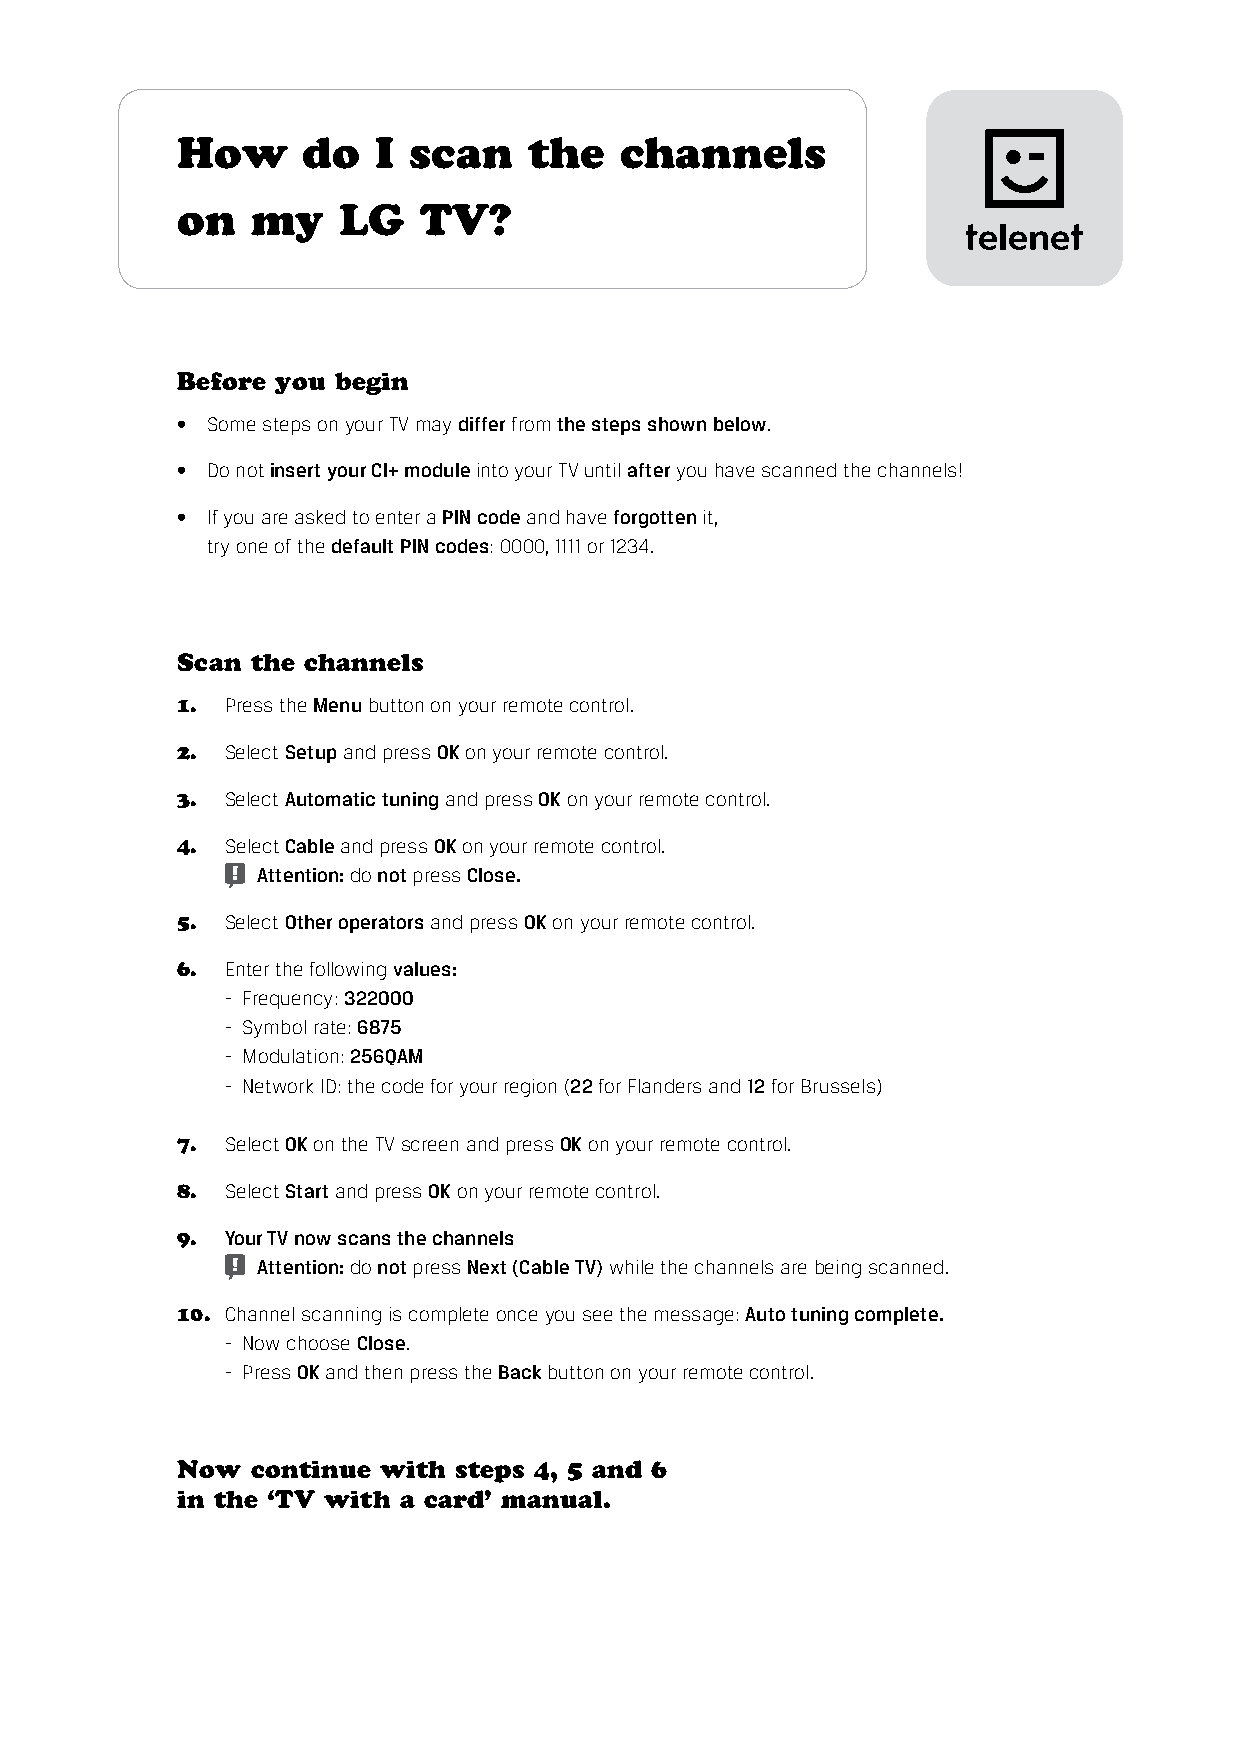
How     do   I scan    the   channels
 on   my   LG    TV?
 Before you begin
 • Some steps on your TV may differ from the steps shown below.
 • Do not insert your CI+ module into your TV until after you have scanned the channels!
 • If you are asked to enter a PIN code and have forgotten it,
 try one of the default PIN codes: 0000, 1111 or 1234.
 Scan the channels
 1. Press the Menu button on your remote control.
 2. Select Setup and press OK on your remote control.
 3. Select Automatic tuning and press OK on your remote control.
 4. Select Cable and press OK on your remote control.
 Attention: do not press Close.
 5. Select Other operators and press OK on your remote control.
 6. Enter the following values:
 - Frequency: 322000
 - Symbol rate: 6875
 - Modulation: 256QAM
 - Network ID: the code for your region (22 for Flanders and 12 for Brussels)
 7. Select OK on the TV screen and press OK on your remote control.
 8. Select Start and press OK on your remote control.
 9. Your TV now scans the channels
 Attention: do not press Next (Cable TV) while the channels are being scanned.
 10. Channel scanning is complete once you see the message: Auto tuning complete.
 - Now choose Close.
 - Press OK and then press the Back button on your remote control.
 Now  continue with steps 4, 5 and 6
 in the ‘TV with a card’ manual.